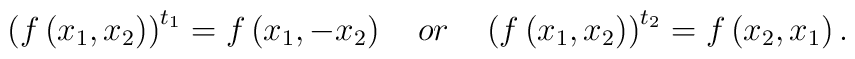
\left( f\left( x_{1},x_{2}\right) \right) ^{t_{1}}=f\left(x_{1},-x_{2}\right) \quad or\quad \left( f\left( x_{1},x_{2}\right) \right)^{t_{2}}=f\left( x_{2},x_{1}\right) .